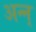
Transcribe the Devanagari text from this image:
अन्न्